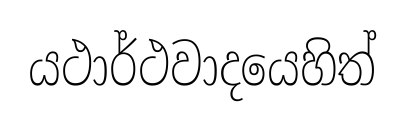
යථාර්ථවාදයෙහිත්